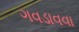
ગવડાવવા